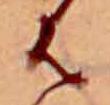
は